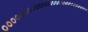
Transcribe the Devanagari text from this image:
०००००००००००००००००००००००००००